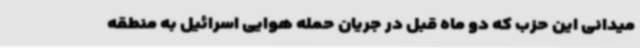
میدانی این حزب که دو ماه قبل در جریان حمله هوایی اسرائیل به منطقه